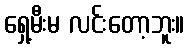
ရှေ့မီးမ လင်းတော့ဘူး။